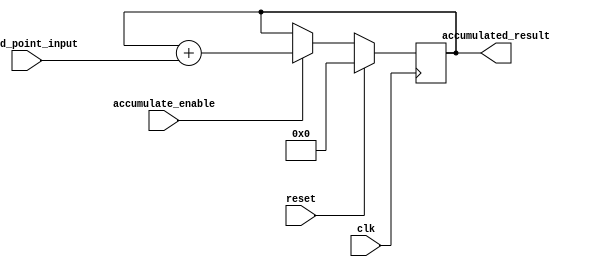
module fixed_point_accumulator (
    input wire [7:0] fixed_point_input,
    input wire clk,
    input wire reset,
    input wire accumulate_enable,
    output reg [15:0] accumulated_result
);

reg [15:0] accumulator;

always @(posedge clk) begin
    if (reset) begin
        accumulator <= 16'b0;
    end else if (accumulate_enable) begin
        accumulator <= accumulator + fixed_point_input;
    end
end

assign accumulated_result = accumulator;

endmodule